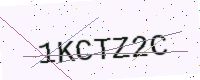
Text: 1KCTZ2C